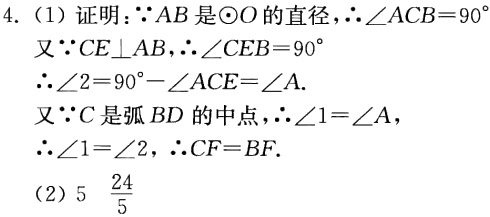
4. (1) 证明：\(\because AB\)是\(\odot O\)的直径，\(\therefore \angle ACB = 90^{\circ}\)
又\(\because CE\perp AB\)，\(\therefore \angle CEB = 90^{\circ}\)
\(\therefore \angle 2 = 90^{\circ}-\angle ACE=\angle A\).
又\(\because C\)是弧\(BD\)的中点，\(\therefore \angle 1=\angle A\)，
\(\therefore \angle 1 = \angle 2\)，\(\therefore CF = BF\).
(2) \(5\ \ \frac{24}{5}\)